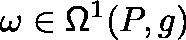
\omega \in \mathsf { \Omega } ^ { 1 } ( P , \mathfrak { g } )